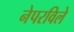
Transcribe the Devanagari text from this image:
नेपरविले